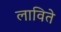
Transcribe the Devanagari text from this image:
लाविते